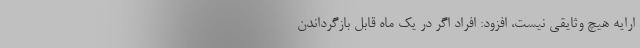
ارایه هیچ وثایقی نیست، افزود: افراد اگر در یک ماه قابل بازگرداندن